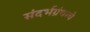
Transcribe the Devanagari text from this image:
संदर्भग्रंथाचे